Report on sanitation, dispensaries, and jails in Rajputana for 1919, and on vaccination for the year 1919-1920 - 1919-1920
Year: 1919
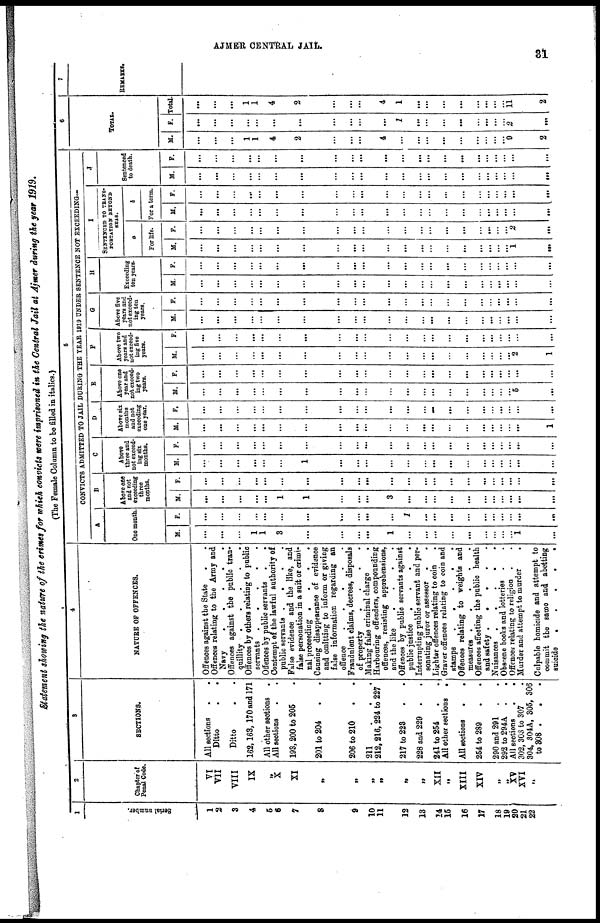
AJMER CENTRAL JAIL.
31
Statement showing the nature of the crimes for which convicts were imprisoned in the Central Jail at Ajmer during the year 1919.
(The Female Column to be filled in italics.)
1
Serial number.
1
2
3
4
5
6
7
8
9
10
11
12
13
14
15
16
17
18
19
20
21
22
2
Chapter of
Penal Code.
VI
VII
VIII
IX
„
X
XI
„
„
„
„
„
„
XII
„
XIII
XIV
„
„
XV
XVI
„
3
SECTIONS.
All sections
.
.
Ditto . .
Ditto . .
162,163, 170 and 171
All other sections .
All sections . .
193,200 to 205 .
201 to 204 . .
206 to 210 . .
211
.
.
.
212,216, 224 to 227
217 to 223 . .
228 and 229 . .
241 to 254
.
.
All other sections .
All sections
.
.
254 to 289 . .
290 and 291 . .
292 to 294A . .
All sections
.
.
302, 303 to 307 .
304, 304A, 305, 306
to 308
.
.
.
4
NATURE OF OFFENCES.
Offences against the State . .
Offences relating to the Army and
Navy
.
.
.
.
Offences against the public tran-
quillity
.
.
.
.
.
Offences by others relating to public
servants
.
.
.
.
Offences by public servants
.
.
Contempt of the lawful authority of
public servants . . . .
False evidence and the like, and
false personation in a suit or crimi-
nal proceeding . . . . .
Causing disappearance of evidence
and omitting to inform or giving
false information regarding an
offence
.
.
.
.
.
Fraudulent claims, decrees, disposals
of property
.
.
.
.
Making false criminal charge
.
Harbouring offenders, compounding
offences, resisting apprehensions,
and the like
.
.
.
.
Offences by public servants against
public justice
.
.
.
.
Interrupting public servant and per-
sonating juror or assessor
.
.
Lighter offences relating to coin .
Graver offences relating to coin and
stamps
.
.
.
.
Offences relating to weights and
measures
.
.
.
.
Offences affecting the public health
and safety
.
.
.
.
Nuisances
.
.
.
.
Obscene books and lotteries . .
Offences relating to religion . .
Murder and attempt to murder
.
Culpable homicide and attempt to
commit the same and abetting
suicide
.
.
.
.
5
CONVICTS ADMITTED TO JAIL DURING THE YEAR 1919 UNDER SENTENCE NOT EXCEEDING—
A
One month.
M.
...
...
...
1
1
3
...
...
...
...
1
...
...
...
...
...
...
...
...
...
1
...
F.
...
...
...
...
...
...
...
...
...
...
...
1
...
...
...
...
...
...
...
...
...
...
B
Above one
and not
exceeding
three
months.
M
...
...
...
...
...
1
1
...
...
...
3
...
...
...
...
...
...
...
...
...
...
...
F.
...
...
...
...
...
...
...
...
...
...
...
...
...
...
...
...
...
...
...
...
...
...
C
Above
three and
not exceed-
ing six
months.
M.
...
...
...
...
...
...
1
...
...
...
...
...
...
...
...
...
...
...
...
...
...
...
F.
...
...
...
...
...
...
...
...
...
...
...
...
...
...
...
...
...
...
...
...
...
...
D
Above six
months
and not
excecding
one year.
M
...
...
...
...
...
...
...
...
...
...
...
...
...
...
...
...
...
...
...
...
...
1
F.
...
...
...
...
...
...
...
...
...
...
...
...
...
...
...
...
...
...
...
...
...
...
E
Above one
year and
not exceed-
ing two
years.
M.
...
...
...
...
...
...
...
...
...
...
...
...
...
...
...
...
...
...
...
...
5
...
F.
...
...
...
...
...
...
...
...
...
...
...
...
...
...
...
...
...
...
...
...
...
...
F
Above two
years and
not exceed-
ing five
years.
M.
...
...
...
...
...
...
...
...
...
...
...
...
...
...
...
...
...
...
...
...
2
1
F.
...
...
...
...
...
...
...
...
...
...
...
...
...
...
...
...
...
...
...
...
...
...
G
Above five
years and
not exceed-
ing ten
years.
M
...
...
...
...
...
...
...
...
...
...
...
...
...
...
...
...
...
...
...
...
...
...
F.
...
...
...
...
...
...
...
...
...
...
...
...
...
...
...
...
...
...
...
...
...
...
H
Exceeding
ten years.
M
...
...
...
...
...
...
...
...
...
...
...
...
...
...
...
...
...
...
...
...
...
...
F.
...
...
...
...
...
...
...
...
...
...
...
...
...
...
...
...
...
...
...
...
...
...
I
SENTENCED TO TRANS-
PORTATION BEYOND
SEAS.
a
For life.
M
...
...
...
...
...
...
...
...
...
...
...
...
...
...
...
...
...
...
...
...
1
...
F.
...
...
...
...
...
...
...
...
...
...
...
...
...
...
...
...
...
...
...
...
2
...
b
For a term.
M
...
...
...
...
...
...
...
...
...
...
...
...
...
...
...
...
...
...
...
...
...
...
F.
...
...
...
...
...
...
...
...
...
...
...
...
...
...
...
...
...
...
...
...
...
...
J
Sentenced
to death.
M
...
...
...
...
...
...
...
...
...
...
...
...
...
...
...
...
...
...
...
...
...
...
F.
...
...
...
...
...
...
...
...
...
...
...
...
...
...
...
...
...
...
...
...
...
...
6
TOTAL.
M.
...
...
...
1
1
4
2
...
...
...
4
...
...
...
...
...
...
...
...
...
9
2
F.
...
...
...
...
...
...
...
...
...
...
...
1
...
...
...
...
...
...
...
...
2
...
Total.
...
...
...
1
1
4
2
...
...
...
4
1
...
...
...
...
...
...
...
...
11
2
7
REMARKS.